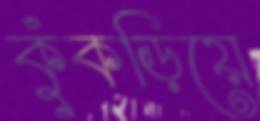
কুঁকড়িয়ে